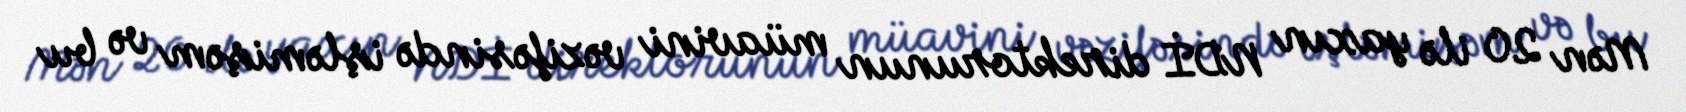
Mən 20 ilə yaxın NDİ direktorunun müavini vəzifəsində işləmişəm və bu